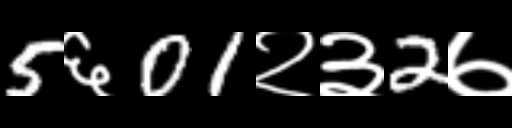
Text: 5६01२३2७